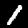
Label: 1